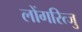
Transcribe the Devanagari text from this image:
लोंगरित्जु